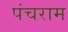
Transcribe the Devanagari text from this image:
पंचराम